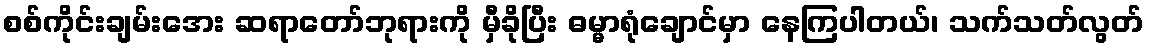
စစ်ကိုင်းချမ်းအေး ဆရာတော်ဘုရားကို မှီခိုပြီး ဓမ္မာရုံချောင်မှာ နေကြပါတယ်၊ သက်သတ်လွတ်